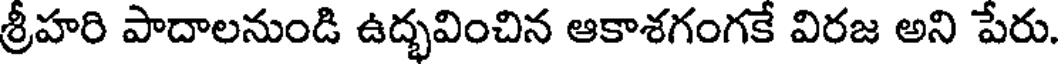
శ్రీహరి పాదాలనుండి ఉద్భవించిన ఆకాశగంగకే విరజ అని పేరు.